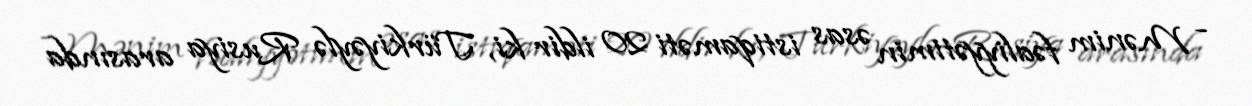
- Mənim fəaliyyətimin əsas istiqaməti 20 ildir ki, Türkiyəylə Rusiya arasında